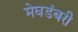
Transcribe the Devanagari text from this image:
मेघडंबरी